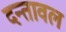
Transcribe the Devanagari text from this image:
दन्तावल